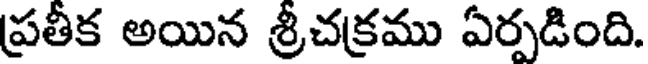
ప్రతీక అయిన శ్రీచక్రము ఏర్పడింది.